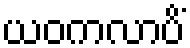
ယဝကလာပိံ